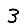
Digit: 3